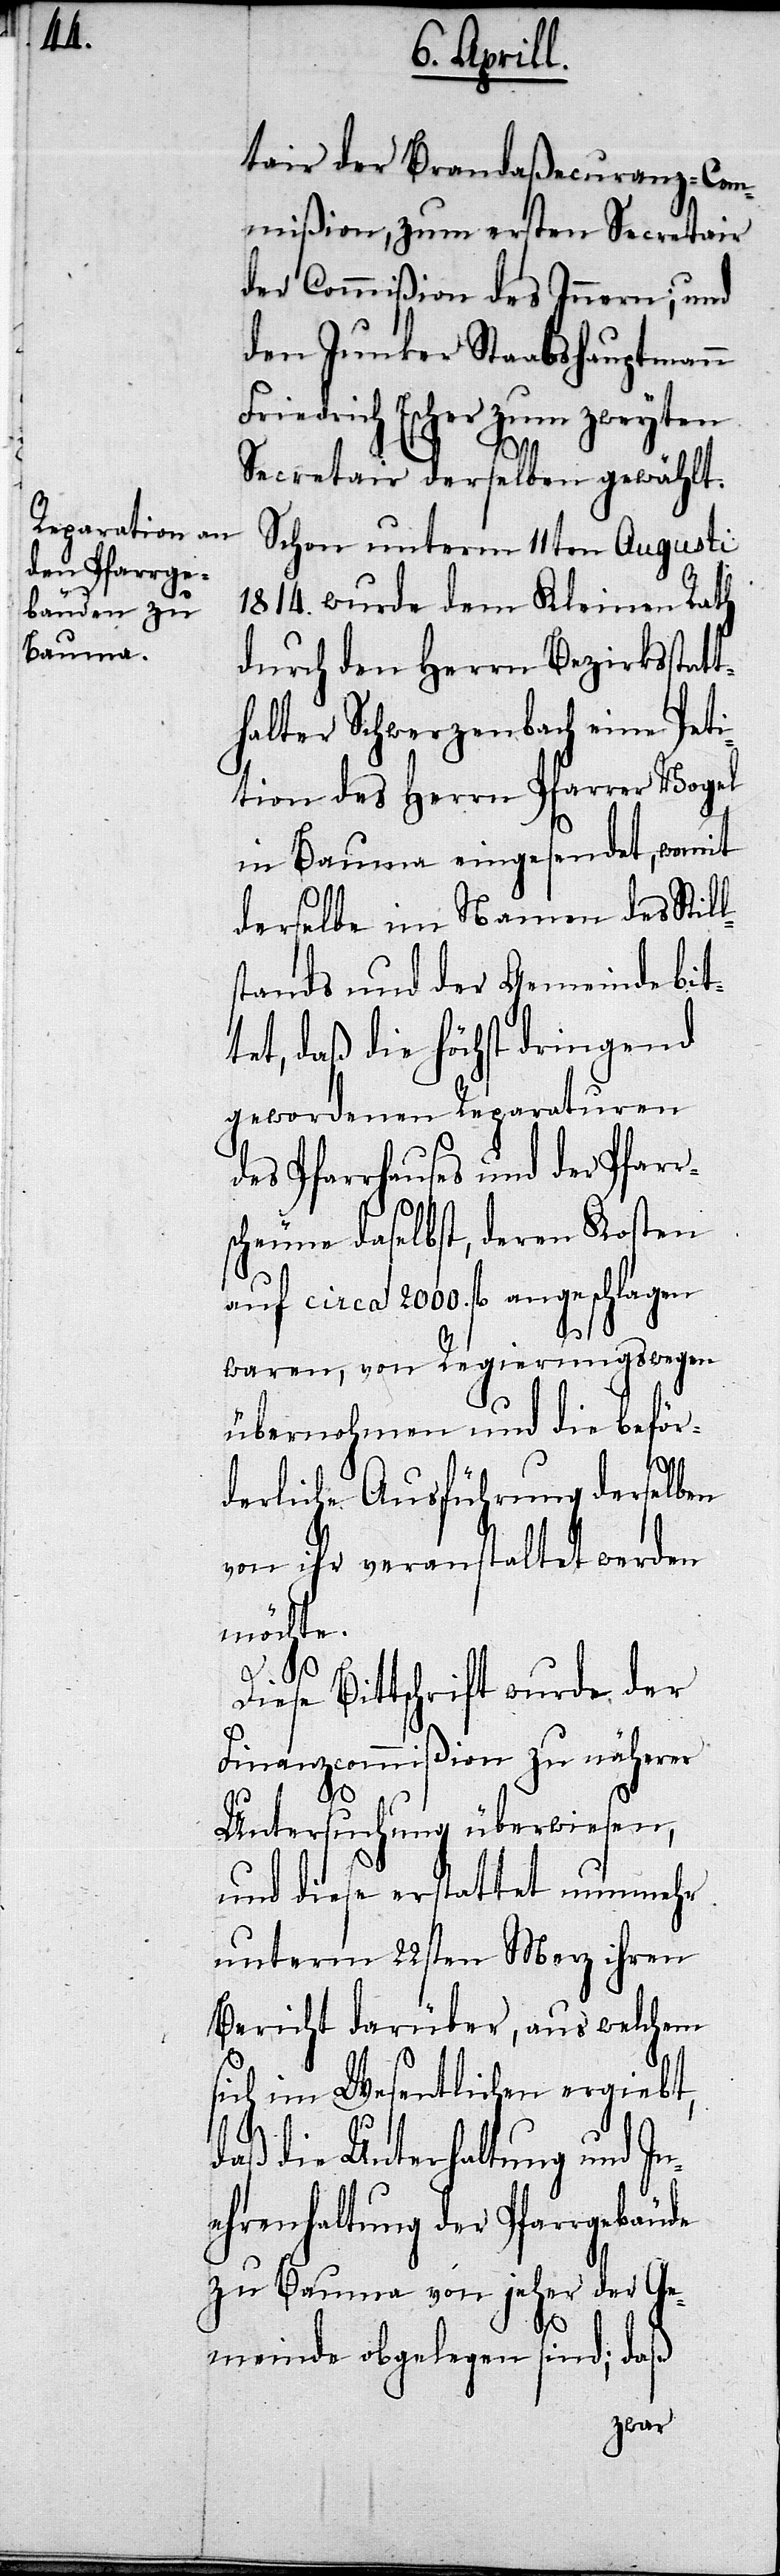
der Pfarr¬

tair der Brandaßecuranz-Com¬
mißion, zum ersten Secretair
der Commißion des Innern; und
den Junker Staatshauptmann
Friedrich Escher zum zweyten
Secretair derselben gewählt.
Schon unterm 11ten Augusti
1814. wurde dem Kleinen Rath
durch den Herrn Bezirksstat¬
halter Schwerzenbach eine Peti¬
tion des Herrn Pfarrer Vogel
in Bauma eingesendet, womit
derselbe im Namen des Stil¬
stands und der Gemeinde bit¬
tet, daß die höchst dringend
gewordenen Reparationen
scheuen daselbst, deren Kosten
auf circa 2000. fl. angeschlagen
waren, von Regierungswegen
übernohmen und die beför¬
derliche Ausführung derselben
von ihr veranstaltet werden
möchte.
Diese Bittschrift wurde der
Finanzcommißion zu näherer
Untersuchung überwiesen,
und diese erstattet nunmehr
unterm 22sten Merz ihren
Bericht darüber, aus welchem
sich im Wesentlichen ergiebt,
l¬
daß die Unterhaltung und In¬
ehrenhaltung der Pfarrgebäude
zu Bauma von jeher der Ge¬
des
meinde oblegen sind; daß